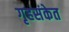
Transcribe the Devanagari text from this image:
गृहसंकेत